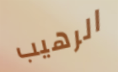
الرهيب